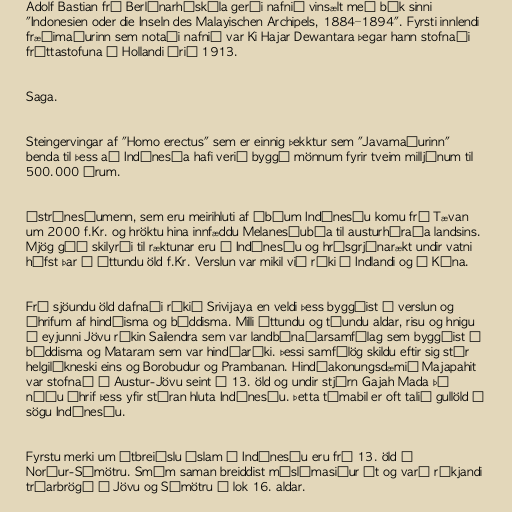
Adolf Bastian frá Berlínarháskóla gerði nafnið vinsælt með bók sinni
"Indonesien oder die Inseln des Malayischen Archipels, 1884–1894". Fyrsti innlendi
fræðimaðurinn sem notaði nafnið var Ki Hajar Dewantara þegar hann stofnaði
fréttastofuna í Hollandi árið 1913.

Saga.

Steingervingar af "Homo erectus" sem er einnig þekktur sem "Javamaðurinn"
benda til þess að Indónesía hafi verið byggð mönnum fyrir tveim milljónum til
500.000 árum.

Ástrónesíumenn, sem eru meirihluti af íbúum Indónesíu komu frá Tævan
um 2000 f.Kr. og hröktu hina innfæddu Melanesíubúa til austurhéraða landsins.
Mjög góð skilyrði til ræktunar eru í Indónesíu og hrísgrjónarækt undir vatni
hófst þar á áttundu öld f.Kr. Verslun var mikil við ríki á Indlandi og í Kína.

Frá sjöundu öld dafnaði ríkið Srivijaya en veldi þess byggðist á verslun og
áhrifum af hindúisma og búddisma. Milli áttundu og tíundu aldar, risu og hnigu
á eyjunni Jövu ríkin Sailendra sem var landbúnaðarsamfélag sem byggðist á
búddisma og Mataram sem var hindúaríki. Þessi samfélög skildu eftir sig stór
helgilíkneski eins og Borobudur og Prambanan. Hindúakonungsdæmið Majapahit
var stofnað á Austur-Jövu seint á 13. öld og undir stjórn Gajah Mada þá
náðu áhrif þess yfir stóran hluta Indónesíu. Þetta tímabil er oft talið gullöld í
sögu Indónesíu.

Fyrstu merki um útbreiðslu Íslam í Indónesíu eru frá 13. öld á
Norður-Súmötru. Smám saman breiddist múslímasiður út og varð ríkjandi
trúarbrögð á Jövu og Súmötru í lok 16. aldar.